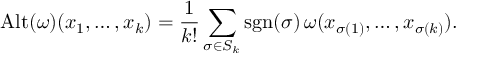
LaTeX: \operatorname { A l t } ( \omega ) ( x _ { 1 } , \ldots , x _ { k } ) = { \frac { 1 } { k ! } } \sum _ { \sigma \in S _ { k } } \operatorname { s g n } ( \sigma ) \, \omega ( x _ { \sigma ( 1 ) } , \ldots , x _ { \sigma ( k ) } ) .